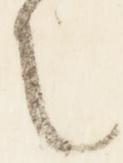
之